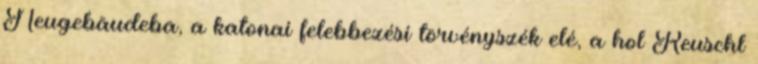
Neugebäudeba, a katonai felebbezési törvényszék elé, a hol Reuschl